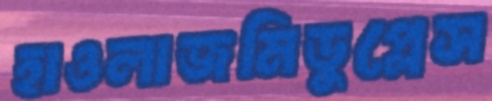
হাওলাজমিডুপ্লেস